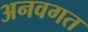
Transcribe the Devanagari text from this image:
अनवगत